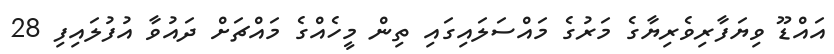
އައްޑޫ ވިޔަފާރިވެރިޔާގެ މަރުގެ މައްސަލައިގައި ތިން މީހެއްގެ މައްޗަށް ދައުވާ އުފުލައިފި 28